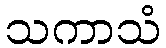
သကာသံ